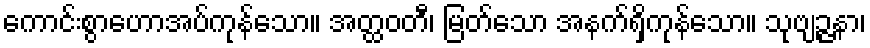
ကောင်းစွာဟောအပ်ကုန်သော။ အတ္ထဝတီ၊ မြတ်သော အနက်ရှိကုန်သော။ သုဗျဉ္ဇနာ၊